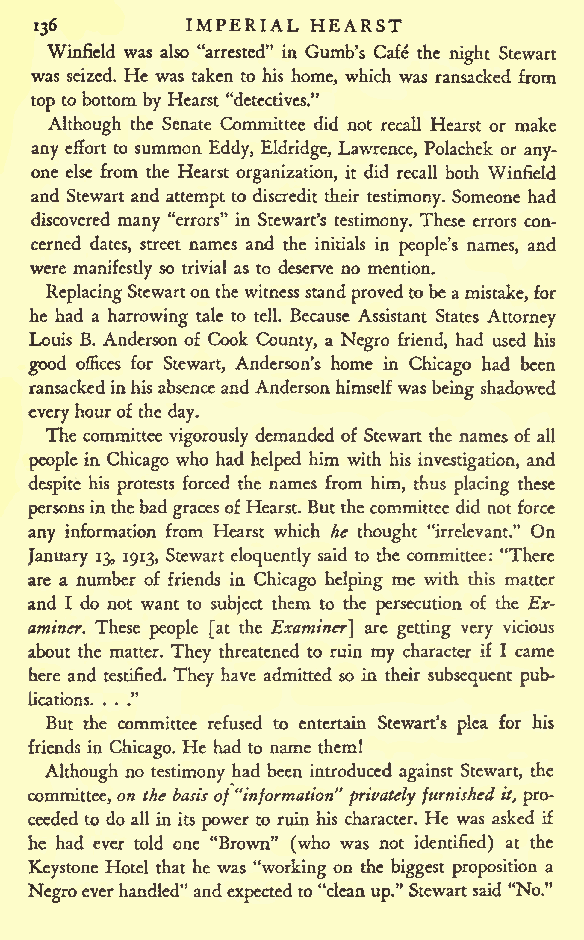
IMPERIAL HEARST
 136
 Winficld was also "arrested" in Gumb's Cafe the night Stewart
 was seized. He was taken to his home, which was ransacked from
 top to bottom by Hearst "detectives."
 Although the Senate Committee did not recall Hearst or make
 any effort to summon Eddy, Eldridge, Lawrence, Polachek or any-
 one else from the Hearst organization, it did recall both Winfield
 and Stewart and attempt to discredit their testimony. Someone had
 discovered many "errors" in Stewart's testimony. These errors con-
 cerned dates, street names and the initials in people's names, and
 were manifestly so trivial as to deserve no mention.
 ReplacingStewartonthewitnessstandprovedto beamistake, for
 he had a harrowing tale to tell. Because Assistant States Attorney
 Louis B. Anderson of Cook County, a Negro friend, had used his
 good offices for Stewart, Anderson's home in Chicago had been
 ransackedinhisabsenceandAndersonhimselfwas
 being
 shadowed
 everyhourofthe
 day.
 The committee vigorously demanded of Stewart the names of all
 people in Chicago who had helped him with his investigation, and
 despite his protests forced the names from him, thus placing these
 personsin thebad gracesofHearst. Butthe committee did not force
 any information from Hearst which he thought "irrelevant." On
 January 13, 1913, Stewart eloquently said to the committee: "There
 are a number of friends in Chicago helping me with this matter
 and I do not want to subject them to the persecution of the Ex-
 aminer. These people [at the Examiner} are getting very vicious
 about the matter. They threatened to ruin my character if I came
 here and testified. They have admitted so in their subsequent pub-
 lications. . . ."
 But the committee refused to entertain Stewart's plea for his
 friends in Chicago. He had to name them!
 Although no testimony had been introduced against Stewart, the
 committee, on the basis of"information" privatelyfurnishedit, pro-
 ceeded to do all in its power to ruin his character. He was asked if
 he had ever told one "Brown" (who was not identified) at the
 Keystone Hotel that he was "working on the biggest proposition a
 Negroeverhandled" and expected to"cleanup." Stewartsaid "No."